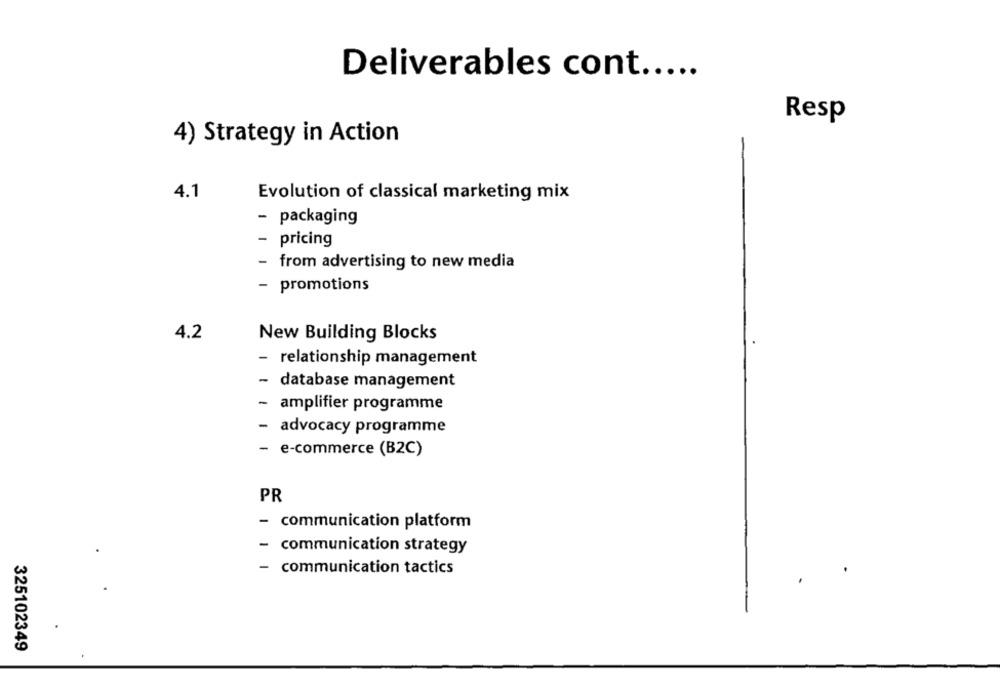
Deliverables cont .....
Resp
4) Strategy in Action
4.1
Evolution of classical marketing mix
- packaging
pricing
- from advertising to new media
- promotions
4.2
New Building Blocks
relationship management
-
database management
- amplifier programme
advocacy programme
e-commerce (B2C)
PR
-communication platform
-
communication strategy
- communication tactics
325102349